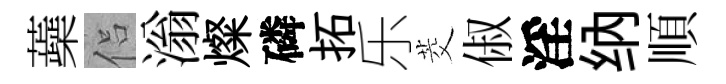
蘃侣滃燦磷拓乐茭俶淫纳順